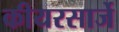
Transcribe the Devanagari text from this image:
कीयरसार्जे